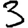
Digit: 3